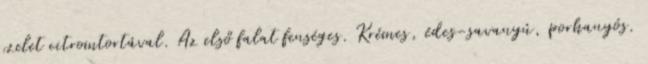
szelet citromtortával. Az első falat fenséges. Krémes, édes-savanyú, porhanyós.